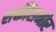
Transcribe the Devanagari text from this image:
शक्तींसमोर